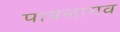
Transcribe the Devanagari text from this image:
पायलागव